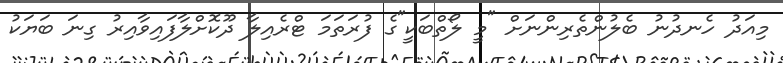
މިއަދު ހެނދުނު ބެލުންތެރިންނަށް "މީ ލޯތްބަކީ"ގެ ފުރަތަމަ ޓްރެއިލާ ދޫކޮށްލާފައިވާއިރު ގިނަ ބަޔަކު